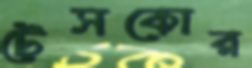
টেসকোর